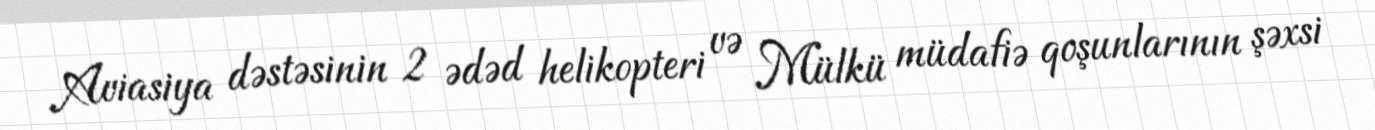
Aviasiya dəstəsinin 2 ədəd helikopteri və Mülkü müdafiə qoşunlarının şəxsi